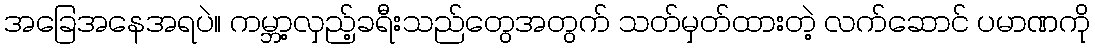
အခြေအနေအရပဲ။ ကမ္ဘာ့လှည့်ခရီးသည်တွေအတွက် သတ်မှတ်ထားတဲ့ လက်ဆောင် ပမာဏကို